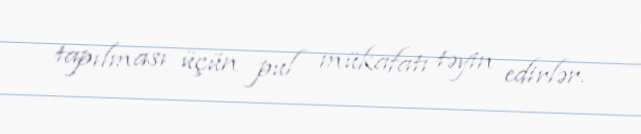
tapılması üçün pul mükafatı təyin edirlər.